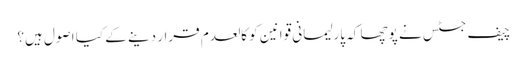
چیف جسٹس نے پوچھا کہ پارلیمانی قوانین کو کالعدم قرار دینے کے کیا اصول ہیں؟